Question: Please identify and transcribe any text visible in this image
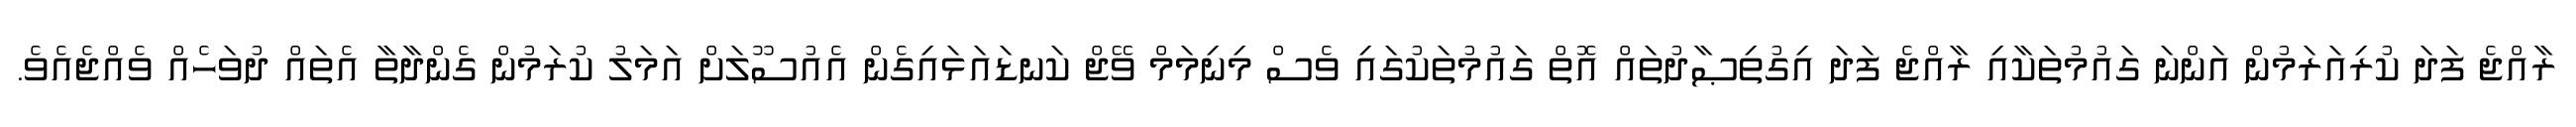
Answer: ރާއްޖެ ފަދަ ކުރިއަރަމުން އަންނަ ގައުމުތަކާއި ރާއްޖެ ފަދަ އިގުތިޞާދުތައް އޮތް ގައުމުތަކުގައި ވެސް މިނިމަމް ވޭޖް ކަނޑައަޅައިގެން އެއުސޫލަށް އަމަލު ކުރަމުން ގެންދާތާ އެތައް ދުވަހެއް ވެއްޖެއެވެ.